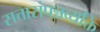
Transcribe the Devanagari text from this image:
सत्तासंपन्नव्यक्ति